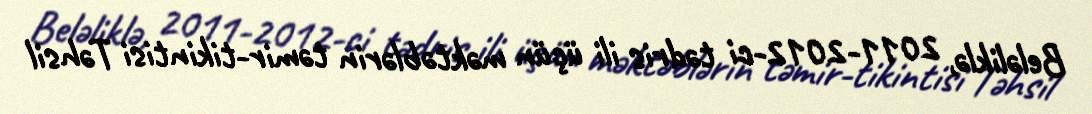
Beləliklə, 2011-2012-ci tədris ili üçün məktəblərin təmir-tikintisi Təhsil